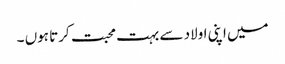
میں اپنی اولاد سے بہت محبت کرتا ہوں ۔